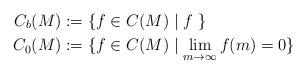
LaTeX: \begin{align*}C_b(M)&:=\{ f\in C(M)\mid f\ \}\\ C_0(M)&:=\{ f\in C(M)\mid \lim_{m\to \infty} f(m) =0\}\end{align*}